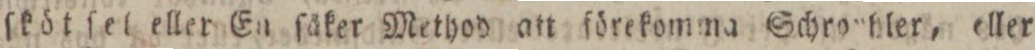
ſkötſel eller En ſåker Method an förekomma Schrothler, eller